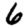
Digit: 6